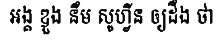
អង្គ ឌួង នឹម សូហ្វីន ឲ្យដឹង ថា